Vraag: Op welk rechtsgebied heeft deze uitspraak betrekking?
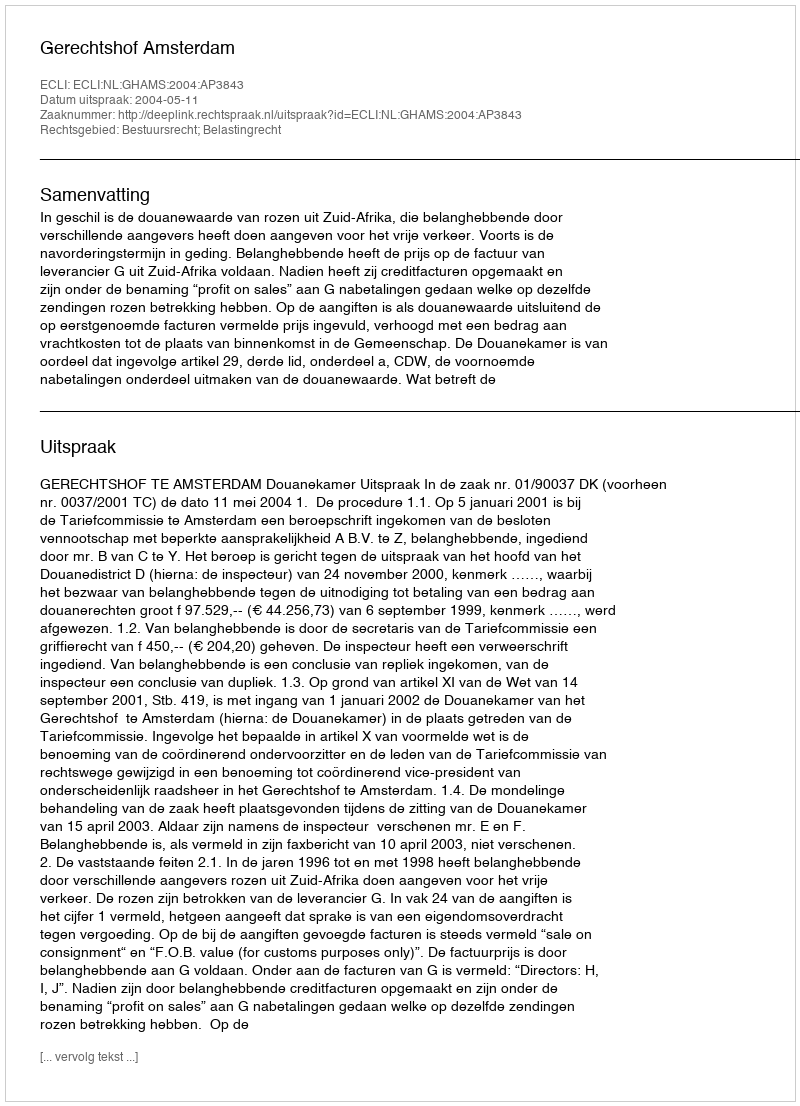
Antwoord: Bestuursrecht; Belastingrecht